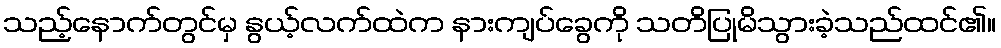
သည့်နောက်တွင်မှ နွယ့်လက်ထဲက နားကျပ်ခွေကို သတိပြုမိသွားခဲ့သည်ထင်၏။